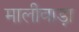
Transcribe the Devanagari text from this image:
मालीवाड़ा